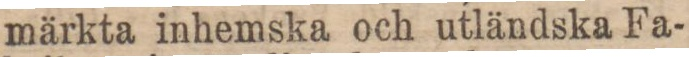
märkta inhemska och utländska Fa-